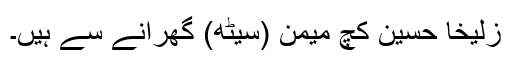
زُلیخا حُسین کچ میمن (سیٹھ) گھرانے سے ہیں۔